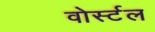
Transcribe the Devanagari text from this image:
वोर्स्टल